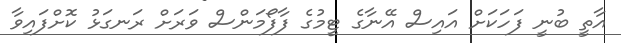
އާތީ ބުނީ ފަހަކަށް އައިސް އޭނާގެ ޓީމުގެ ފާފޯމަންސް ވަރަށް ރަނގަޅު ކޮށްފައިވާ